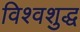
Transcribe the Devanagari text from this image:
विश्वशुद्ध